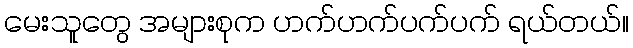
မေးသူတွေ အများစုက ဟက်ဟက်ပက်ပက် ရယ်တယ်။